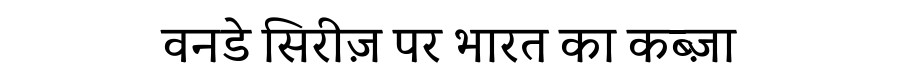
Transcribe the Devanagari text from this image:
वनडे सिरीज़ पर भारत का कब्ज़ा